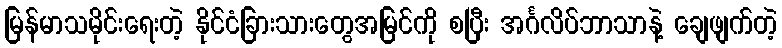
မြန်မာသမိုင်းရေးတဲ့ နိုင်ငံခြားသားတွေအမြင်ကို စပြီး အင်္ဂလိပ်ဘာသာနဲ့ ချေဖျက်တဲ့